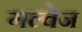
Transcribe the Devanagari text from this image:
गल्वेज